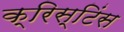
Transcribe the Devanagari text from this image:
क्रिस्टिंस